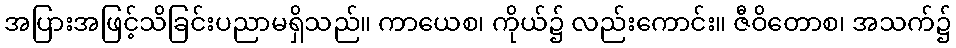
အပြားအဖြင့်သိခြင်းပညာမရှိသည်။ ကာယေစ၊ ကိုယ်၌ လည်းကောင်း။ ဇီဝိတောစ၊ အသက်၌